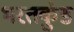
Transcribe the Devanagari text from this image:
भरतकुंड